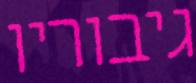
גיבוריו